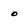
Character: 0